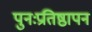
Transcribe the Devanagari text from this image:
पुनःप्रतिष्ठापन